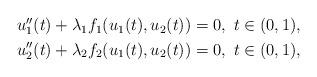
LaTeX: \begin{align*}\begin{aligned}u_1''(t) + \lambda_1 f_1(u_1(t),u_2(t)) = 0, \ t\in (0,1), \\u_2''(t) + \lambda_2 f_2(u_1(t),u_2(t)) = 0, \ t\in (0,1),\end{aligned}\end{align*}